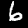
Digit: 6